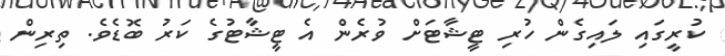
ކުރީގައި ލައިގެން ހުރި ޓީޝާޓަށް ވުރެން އެ ޓީޝާޓުގެ ކަރު ބޮޑެވެ. ތިރިން